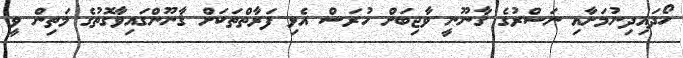
ހޯދައިދިނުމަށާއި ނަސްރުގެ ޤާނޫނީ ވާޖިބަށް ހުރަސް އެޅި ފަރާތްތަކަށް ޤާނޫންގައިވާގޮތުގެ މަތިން ވީ